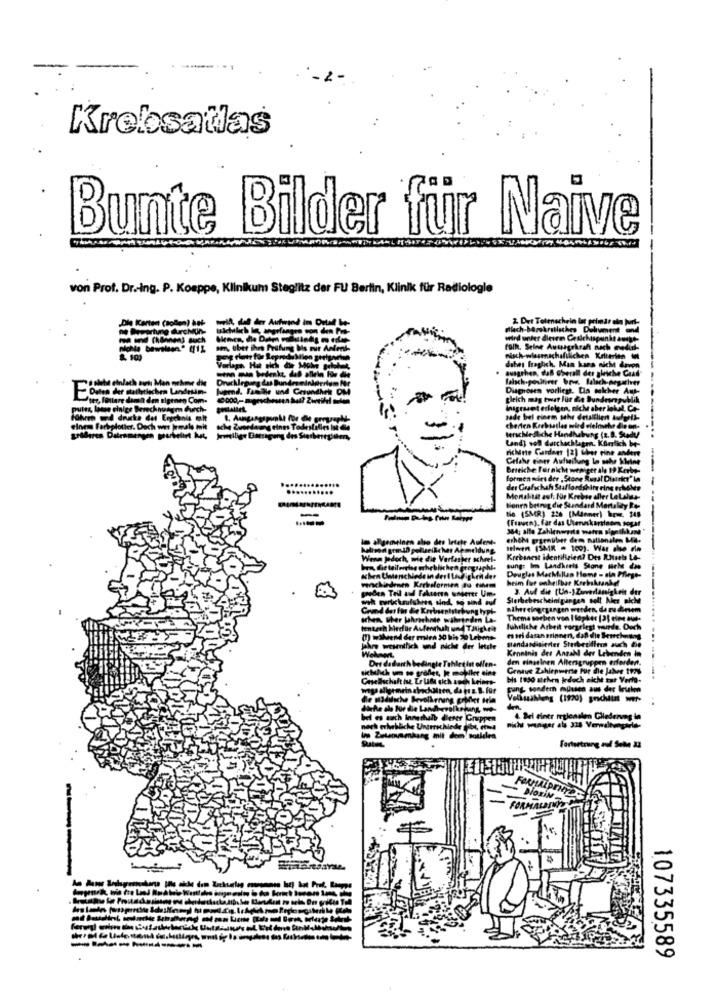
Krebsatlas
Bunte Bilder für Naive
von Prof. Dr .- ing. P. Kosppe, Klinikum Steglitz der FU Berlin, Klinik für Radiologie
Dle Kertert (tollen) het-
F
den Eigenen Com.
Berechn
drucke
Land] voll durchschlagen. Kürzlich be-
nichinte Gardant 12) über eine andere
Gefahr einer Aufteilung le sche kleine
Briekche Fornicht weniger ale 19 Kerbe-
formen wirs der , Stone Ausal Disirket" la
Monaktat ast für Krebse aller LeLaluz-
bonen beinig die Standard Mortality Ro-
Nie (SMR) 256 (Manner) bzw. 348
erhehe gegenüber dem nationalen Met.
meldung
selwyn (SMR = 100). War shse ele
sher scheel-
Krebsnest identifizien? Des Riusels La-
paphle
sung: Im Landkreis Stone Hele das
chen des
Douglas MacMillan Home - sin Pflegt-
heim fur unheilbar Krebskranke
Meree Um-
3. Auf die (Un-) Zuverlässigkeit der
Sterbebescheinigungen soll her nicht
rung typh-
Bilereingegangen werden. de zu diesem
nom La-
Thema sorben von I lopher [2] eine aus-
hentsch bied
THighen
fuhliche Arbeit vorgelegt wurde. Ouch
2% Lebens
mari dasan erinnen, daß die Berechnung
der letzte
standardisierter Sherbetfits auch Die
Kenntnis der Anzahl der Lebenden In
den einzelnen Altersgruppen erfordert.
er eine
Genaue Zahirpwerte fur die Jahre troy
bis 1950 stehen jedoch nicht tur Verlo-
Veliszahlung (1990) grachtnt wer-
4. Bei einer reglenalen Gliederung in
Fortsetzung auf Sehe 23
-----
107335589